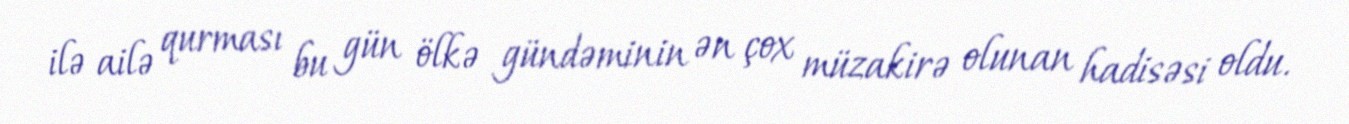
ilə ailə qurması bu gün ölkə gündəminin ən çox müzakirə olunan hadisəsi oldu.